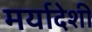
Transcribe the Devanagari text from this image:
मर्यादेशी